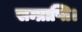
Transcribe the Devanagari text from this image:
सम्प्राप्ति।